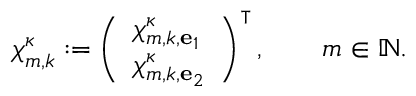
{ \boldsymbol { \chi } } _ { m , k } ^ { \kappa } : = \left( \begin{array} { l } { \chi _ { m , k , { \mathbf { e } } _ { 1 } } ^ { \kappa } } \\ { \chi _ { m , k , { \mathbf { e } } _ { 2 } } ^ { \kappa } } \end{array} \right) ^ { \intercal } , \qquad m \in \ensuremath { \mathbb { N } } .